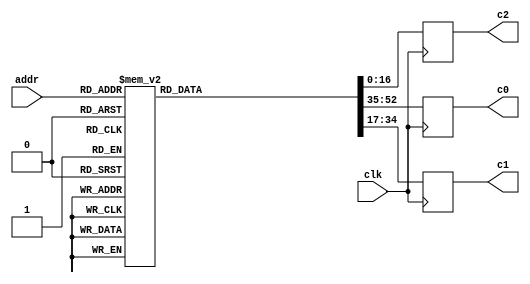


`timescale 1 ns / 1 ps


module gng_coef (
    // System signals
    input clk,                    // system clock

    // Data interface
    input [7:0] addr,             // read address
    output reg [17:0] c0,         // coefficient c0, u<18,14>
    output reg [17:0] c1,         // coefficient c1, s<18,19>
    output reg [16:0] c2          // coefficient c2, u<17,23>
);

// Local variables
reg [52:0] d;    // {c0, c1, c2}


// Table
always @ (*) begin
    case (addr)
        8'd0  : d = 53'b000010101100101001_100110111110001110_10100011110000000;
        8'd1  : d = 53'b000001111101000111_101001011111011001_01011111011110011;
        8'd2  : d = 53'b000001010001100100_101010111101101110_00110010101000000;
        8'd3  : d = 53'b000000101000010001_101011101111111001_00001111111010011;
        8'd4  : d = 53'b000100100110011110_101100101100100010_10101101110011100;
        8'd5  : d = 53'b000100000010100011_101111010111110111_01110101000001100;
        8'd6  : d = 53'b000011100011000111_110001001011101011_01010011011010011;
        8'd7  : d = 53'b000011000110110001_110010011110011100_00111101101011001;
        8'd8  : d = 53'b000110001000101110_101111110110101010_10100011001000110;
        8'd9  : d = 53'b000101101010111101_110010010111100001_01101111010111011;
        8'd10 : d = 53'b000101010001011010_110100000101110001_01010000111111000;
        8'd11 : d = 53'b000100111010110110_110101010110001001_00111101100100011;
        8'd12 : d = 53'b000111011100110110_110001111001100101_10010111001100011;
        8'd13 : d = 53'b000111000010111111_110100001110101001_01100111010010101;
        8'd14 : d = 53'b000110101101000010_110101110100111010_01001011010000101;
        8'd15 : d = 53'b000110011001110111_110110111111100110_00111001011001010;
        8'd16 : d = 53'b001000100111011000_110011010110100101_10001100100110110;
        8'd17 : d = 53'b001000010000010000_110101100001001100_01011111111010010;
        8'd18 : d = 53'b000111111100110010_110111000000001000_01000101110011111;
        8'd19 : d = 53'b000111101011110111_111000000101011011_00110101001101001;
        8'd20 : d = 53'b001001101010111000_110100011100101111_10000011100100011;
        8'd21 : d = 53'b001001010101110100_110110011110011100_01011001100101001;
        8'd22 : d = 53'b001001000100001010_110111110111000110_01000001000110100;
        8'd23 : d = 53'b001000110100111000_111000110111101101_00110001100011100;
        8'd24 : d = 53'b001010101000111110_110101010011111110_01111011110111110;
        8'd25 : d = 53'b001010010101100000_110111001110000100_01010100001100011;
        8'd26 : d = 53'b001010000101010000_111000100001011001_00111101000110010;
        8'd27 : d = 53'b001001110111001111_111001011110000001_00101110011100100;
        8'd28 : d = 53'b001011100010101101_110110000000110101_01110101010001000;
        8'd29 : d = 53'b001011010000100011_110111110100011001_01001111100101010;
        8'd30 : d = 53'b001011000001011011_111001000011001010_00111001101011010;
        8'd31 : d = 53'b001010110100011010_111001111100011001_00101011110010110;
        8'd32 : d = 53'b001100011000111001_110110100110001001_01101111100010101;
        8'd33 : d = 53'b001100000111110011_111000010100000101_01001011100110010;
        8'd34 : d = 53'b001011111001100110_111001011110111001_00110110101110100;
        8'd35 : d = 53'b001011101101011011_111010010101001100_00101001100000110;
        8'd36 : d = 53'b001101001100000100_110111000101110100_01101010100010001;
        8'd37 : d = 53'b001100111011111001_111000101110110010_01001000000111110;
        8'd38 : d = 53'b001100101110011110_111001110110001010_00110100001010001;
        8'd39 : d = 53'b001100100010111110_111010101001111011_00100111100001111;
        8'd40 : d = 53'b001101111100101100_110111100001000101_01100110000110111;
        8'd41 : d = 53'b001101101101010011_111001000101101101_01000101000011110;
        8'd42 : d = 53'b001101100000100011_111010001010000011_00110001111001101;
        8'd43 : d = 53'b001101010101101000_111010111011100011_00100101110010101;
        8'd44 : d = 53'b001110101011000101_110111111000111001_01100010001010110;
        8'd45 : d = 53'b001110011100011000_111001011001101000_01000010010101101;
        8'd46 : d = 53'b001110010000001101_111010011011010001_00101111111001101;
        8'd47 : d = 53'b001110000101110011_111011001010110011_00100100010000001;
        8'd48 : d = 53'b001111010111100001_111000001101111010_01011110101000100;
        8'd49 : d = 53'b001111001001011011_111001101011001001_00111111111001110;
        8'd50 : d = 53'b001110111101110000_111010101010011000_00101110000111001;
        8'd51 : d = 53'b001110110011110011_111011011000001000_00100010111000010;
        8'd52 : d = 53'b010000000010001111_111000100000100111_01011011011100010;
        8'd53 : d = 53'b001111110100101011_111001111010101101_00111101101101001;
        8'd54 : d = 53'b001111101001011101_111010110111110001_00101100100000001;
        8'd55 : d = 53'b001111011111111001_111011100011111010_00100001101001010;
        8'd56 : d = 53'b010000101011011010_111000110001011010_01011000100010101;
        8'd57 : d = 53'b010000011110010100_111010001000101001_00111011101101101;
        8'd58 : d = 53'b010000010011100000_111011000011101110_00101011000010110;
        8'd59 : d = 53'b010000001010010010_111011101110011011_00100000100001110;
        8'd60 : d = 53'b010001010011001011_111001000000100110_01010101111001000;
        8'd61 : d = 53'b010001000110100001_111010010101001110_00111001111001011;
        8'd62 : d = 53'b010000111100000101_111011001110100000_00101001101101110;
        8'd63 : d = 53'b010000110011001011_111011110111111001_00011111100000110;
        8'd64 : d = 53'b010001111001101011_111001001110011010_01010011011101011;
        8'd65 : d = 53'b010001101101011010_111010100000101000_00111000001110110;
        8'd66 : d = 53'b010001100011010011_111011011000010001_00101000011111111;
        8'd67 : d = 53'b010001011010101100_111100000000011100_00011110100101010;
        8'd68 : d = 53'b010010011111000010_111001011011000010_01010001001101111;
        8'd69 : d = 53'b010010010011001000_111010101011000011_00110110101100101;
        8'd70 : d = 53'b010010001001010100_111011100001001011_00100111011000011;
        8'd71 : d = 53'b010010000000111110_111100001000001111_00011101101110101;
        8'd72 : d = 53'b010011000011010100_111001100110101010_01001111001001001;
        8'd73 : d = 53'b010010110111110000_111010110100101000_00110101010001111;
        8'd74 : d = 53'b010010101110001110_111011101001010101_00100110010110010;
        8'd75 : d = 53'b010010100110000111_111100001111011000_00011100111100001;
        8'd76 : d = 53'b010011100110101001_111001110001011000_01001101001101110;
        8'd77 : d = 53'b010011011011011000_111010111101011100_00110011111101110;
        8'd78 : d = 53'b010011010010000110_111011110000110110_00100101011000111;
        8'd79 : d = 53'b010011001010001101_111100010101111100_00011100001101100;
        8'd80 : d = 53'b010100001001000100_111001111011010100_01001011011010110;
        8'd81 : d = 53'b010011111110000101_111011000101100111_00110010101111010;
        8'd82 : d = 53'b010011110101000010_111011110111110011_00100100011111111;
        8'd83 : d = 53'b010011101101010110_111100011100000001_00011011100010000;
        8'd84 : d = 53'b010100101010101001_111010000100100011_01001001101111010;
        8'd85 : d = 53'b010100011111111011_111011001101001100_00110001100110000;
        8'd86 : d = 53'b010100010111000110_111011111110010000_00100011101010101;
        8'd87 : d = 53'b010100001111100110_111100100001101001_00011010111001100;
        8'd88 : d = 53'b010101001011011100_111010001101001011_01001000001010100;
        8'd89 : d = 53'b010101000000111110_111011010100010000_00110000100001100;
        8'd90 : d = 53'b010100111000010110_111100000100010001_00100010111000110;
        8'd91 : d = 53'b010100110001000001_111100100110111000_00011010010011100;
        8'd92 : d = 53'b010101101011100000_111010010101001111_01000110101011110;
        8'd93 : d = 53'b010101100001010001_111011011010111000_00101111100001000;
        8'd94 : d = 53'b010101011000110110_111100001001111000_00100010001010000;
        8'd95 : d = 53'b010101010001101011_111100101011110001_00011001110000000;
        8'd96 : d = 53'b010110001010111001_111010011100110100_01000101010010101;
        8'd97 : d = 53'b010110000000110111_111011100001000100_00101110100100011;
        8'd98 : d = 53'b010101111000101000_111100001111001001_00100001011110000;
        8'd99 : d = 53'b010101110001100111_111100110000010110_00011001001110100;
        8'd100: d = 53'b010110101001101001_111010100011111100_01000011111110011;
        8'd101: d = 53'b010110011111110100_111011100110111001_00101101101011001;
        8'd102: d = 53'b010110010111101111_111100010100000101_00100000110100100;
        8'd103: d = 53'b010110010000111000_111100110100101001_00011000101111000;
        8'd104: d = 53'b010111000111110010_111010101010101010_01000010101110101;
        8'd105: d = 53'b010110111110001010_111011101100011001_00101100110101000;
        8'd106: d = 53'b010110110110001111_111100011000101111_00100000001101010;
        8'd107: d = 53'b010110101111100000_111100111000101100_00011000010001010;
        8'd108: d = 53'b010111100101010111_111010110001000000_01000001100011001;
        8'd109: d = 53'b010111011011111010_111011110001100101_00101100000001110;
        8'd110: d = 53'b010111010100001000_111100011101001000_00011111101000001;
        8'd111: d = 53'b010111001101100010_111100111100100000_00010111110101000;
        8'd112: d = 53'b011000000010011001_111010110111000001_01000000011011011;
        8'd113: d = 53'b010111111001000111_111011110110011111_00101011010001001;
        8'd114: d = 53'b010111110001011110_111100100001010011_00011111000100111;
        8'd115: d = 53'b010111101011000000_111101000000000111_00010111011010010;
        8'd116: d = 53'b011000011110111010_111010111100101110_00111111010111001;
        8'd117: d = 53'b011000010101110010_111011111011001001_00101010100010111;
        8'd118: d = 53'b011000001110010011_111100100101001111_00011110100011011;
        8'd119: d = 53'b011000000111111011_111101000011100010_00010111000000111;
        8'd120: d = 53'b011000111010111100_111011000010001010_00111110010110001;
        8'd121: d = 53'b011000110001111110_111011111111100100_00101001110110111;
        8'd122: d = 53'b011000101010100111_111100101000111110_00011110000011100;
        8'd123: d = 53'b011000100100010110_111101000110110010_00010110101000110;
        8'd124: d = 53'b011001010110100001_111011000111010100_00111101011000001;
        8'd125: d = 53'b011001001101101100_111100000011110001_00101001001100110;
        8'd126: d = 53'b011001000110011100_111100101100100010_00011101100101001;
        8'd127: d = 53'b011001000000010011_111101001001111000_00010110010001110;
        8'd128: d = 53'b011001110001101001_111011001100001111_00111100011100111;
        8'd129: d = 53'b011001101000111101_111100000111110010_00101000100100101;
        8'd130: d = 53'b011001100001110101_111100101111111011_00011101001000001;
        8'd131: d = 53'b011001011011110010_111101001100110100_00010101111011110;
        8'd132: d = 53'b011010001100010110_111011010000111100_00111011100100001;
        8'd133: d = 53'b011010000011110011_111100001011100111_00100111111110010;
        8'd134: d = 53'b011001111100110010_111100110011001001_00011100101100011;
        8'd135: d = 53'b011001110110110101_111101001111100111_00010101100110101;
        8'd136: d = 53'b011010100110101010_111011010101011011_00111010101101111;
        8'd137: d = 53'b011010011110001111_111100001111010001_00100111011001101;
        8'd138: d = 53'b011010010111010101_111100110110001111_00011100010001111;
        8'd139: d = 53'b011010010001011101_111101010010010010_00010101010010101;
        8'd140: d = 53'b011011000000100101_111011011001101110_00111001111001110;
        8'd141: d = 53'b011010111000010010_111100010010110001_00100110110110011;
        8'd142: d = 53'b011010110001011110_111100111001001100_00011011111000011;
        8'd143: d = 53'b011010101011101100_111101010100110110_00010100111111010;
        8'd144: d = 53'b011011011010001001_111011011101110110_00111001000111110;
        8'd145: d = 53'b011011010001111101_111100010110000111_00100110010100100;
        8'd146: d = 53'b011011001011001111_111100111100000001_00011011100000000;
        8'd147: d = 53'b011011000101100010_111101010111010011_00010100101100111;
        8'd148: d = 53'b011011110011010110_111011100001110011_00111000010111101;
        8'd149: d = 53'b011011101011010001_111100011001010101_00100101110100000;
        8'd150: d = 53'b011011100100101001_111100111110101111_00011011001000100;
        8'd151: d = 53'b011011011111000010_111101011001101010_00010100011011000;
        8'd152: d = 53'b011100001100001101_111011100101100111_00110111101001100;
        8'd153: d = 53'b011100000100001111_111100011100011011_00100101010100110;
        8'd154: d = 53'b011011111101101101_111101000001010110_00011010110001111;
        8'd155: d = 53'b011011111000001010_111101011011111010_00010100001010000;
        8'd156: d = 53'b011100100100110000_111011101001010001_00110110111100111;
        8'd157: d = 53'b011100011100111000_111100011111011001_00100100110110110;
        8'd158: d = 53'b011100010110011100_111101000011110110_00011010011100010;
        8'd159: d = 53'b011100010000111110_111101011110000101_00010011111001101;
        8'd160: d = 53'b011100111100111110_111011101100110010_00110110010010000;
        8'd161: d = 53'b011100110101001101_111100100010001111_00100100011001110;
        8'd162: d = 53'b011100101110110110_111101000110010000_00011010000111010;
        8'd163: d = 53'b011100101001011100_111101100000001010_00010011101001110;
        8'd164: d = 53'b011101010100111001_111011110000001011_00110101101000101;
        8'd165: d = 53'b011101001101001110_111100100101000000_00100011111101110;
        8'd166: d = 53'b011101000110111100_111101001000100101_00011001110011001;
        8'd167: d = 53'b011101000001100111_111101100010001010_00010011011010100;
        8'd168: d = 53'b011101101100100001_111011110011011100_00110101000000101;
        8'd169: d = 53'b011101100100111101_111100100111101001_00100011100010111;
        8'd170: d = 53'b011101011110101111_111101001010110100_00011001011111101;
        8'd171: d = 53'b011101011001011110_111101100100000110_00010011001011110;
        8'd172: d = 53'b011110000011111000_111011110110100110_00110100011010000;
        8'd173: d = 53'b011101111100011001_111100101010001101_00100011001000110;
        8'd174: d = 53'b011101110110010000_111101001100111110_00011001001100111;
        8'd175: d = 53'b011101110001000011_111101100101111110_00010010111101101;
        8'd176: d = 53'b011110011010111101_111011111001101001_00110011110100110;
        8'd177: d = 53'b011110010011100100_111100101100101011_00100010101111100;
        8'd178: d = 53'b011110001101011111_111101001111000011_00011000111010110;
        8'd179: d = 53'b011110001000010110_111101100111110001_00010010101111111;
        8'd180: d = 53'b011110110001110001_111011111100100101_00110011010000101;
        8'd181: d = 53'b011110101010011101_111100101111000100_00100010010111001;
        8'd182: d = 53'b011110100100011101_111101010001000100_00011000101001001;
        8'd183: d = 53'b011110011111011000_111101101001100000_00010010100010100;
        8'd184: d = 53'b011111001000010110_111011111111011011_00110010101101101;
        8'd185: d = 53'b011111000001000111_111100110001011000_00100001111111101;
        8'd186: d = 53'b011110111011001011_111101010011000000_00011000011000001;
        8'd187: d = 53'b011110110110001001_111101101011001100_00010010010101110;
        8'd188: d = 53'b011111011110101010_111100000010001100_00110010001011110;
        8'd189: d = 53'b011111010111100000_111100110011100111_00100001101000110;
        8'd190: d = 53'b011111010001101001_111101010100111001_00011000000111101;
        8'd191: d = 53'b011111001100101010_111101101100110100_00010010001001010;
        8'd192: d = 53'b011111110100101111_111100000100110111_00110001101011000;
        8'd193: d = 53'b011111101101101010_111100110101110010_00100001010010101;
        8'd194: d = 53'b011111100111110111_111101010110101101_00010111110111110;
        8'd195: d = 53'b011111100010111100_111101101110011001_00010001111101010;
        8'd196: d = 53'b100000001010100110_111100000111011101_00110001001011010;
        8'd197: d = 53'b100000000011100101_111100110111111000_00100000111101010;
        8'd198: d = 53'b011111111101110110_111101011000011110_00010111101000010;
        8'd199: d = 53'b011111111000111110_111101101111111010_00010001110001100;
        8'd200: d = 53'b100000100000001110_111100001001111101_00110000101100101;
        8'd201: d = 53'b100000011001010010_111100111001111010_00100000101000100;
        8'd202: d = 53'b100000010011100110_111101011010001100_00010111011001011;
        8'd203: d = 53'b100000001110110010_111101110001011001_00010001100110010;
        8'd204: d = 53'b100000110101101001_111100001100011001_00110000001111001;
        8'd205: d = 53'b100000101110110001_111100111011111000_00100000010100101;
        8'd206: d = 53'b100000101001001001_111101011011110110_00010111001011000;
        8'd207: d = 53'b100000100100011000_111101110010110101_00010001011011011;
        8'd208: d = 53'b100001001010110110_111100001110110000_00101111110011010;
        8'd209: d = 53'b100001000100000010_111100111101110011_00100000000001101;
        8'd210: d = 53'b100000111110011110_111101011101011101_00010110111101010;
        8'd211: d = 53'b100000111001101111_111101110100001110_00010001010001000;
        8'd212: d = 53'b100001011111110110_111100010001000010_00101111011001100;
        8'd213: d = 53'b100001011001000111_111100111111101001_00011111101111111;
        8'd214: d = 53'b100001010011100101_111101011111000001_00010110110000010;
        8'd215: d = 53'b100001001110111010_111101110101100100_00010001000111001;
        8'd216: d = 53'b100001110100101001_111100010011001110_00101111000011000;
        8'd217: d = 53'b100001101101111110_111101000001011100_00011111100000001;
        8'd218: d = 53'b100001101000100000_111101100000100010_00010110100100101;
        8'd219: d = 53'b100001100011110111_111101110110111000_00010000111110001;
        8'd220: d = 53'b100010001001010000_111100010101010100_00101110110010010;
        8'd221: d = 53'b100010000010101001_111101000011001010_00011111010011101;
        8'd222: d = 53'b100001111101001110_111101100001111111_00010110011011000;
        8'd223: d = 53'b100001111000101000_111101111000001001_00010000110110100;
        8'd224: d = 53'b100010011101101011_111100010111010010_00101110101100100;
        8'd225: d = 53'b100010010111000111_111101000100110010_00011111001101001;
        8'd226: d = 53'b100010010001110000_111101100011011000_00010110010101000;
        8'd227: d = 53'b100010001101001101_111101111001010110_00010000110001010;
        8'd228: d = 53'b100010110001111010_111100011001000101_00101110111011101;
        8'd229: d = 53'b100010101011011010_111101000110010011_00011111010010001;
        8'd230: d = 53'b100010100110000110_111101100100101100_00010110010110000;
        8'd231: d = 53'b100010100001100101_111101111010100000_00010000110000101;
        8'd232: d = 53'b100011000101111110_111100011010100111_00101111110100001;
        8'd233: d = 53'b100010111111100010_111101000111101011_00011111101101110;
        8'd234: d = 53'b100010111010010000_111101100101111001_00010110100100111;
        8'd235: d = 53'b100010110101110010_111101111011100101_00010000111001000;
        8'd236: d = 53'b100011011001110111_111100101000100000_00000000000000000;
        8'd237: d = 53'b100011010011011110_111101010001001010_00000000000000000;
        8'd238: d = 53'b100011001110010000_111101101100110110_00000000000000000;
        8'd239: d = 53'b100011001001110100_111110000000111011_00000000000000000;
        8'd240: d = 53'b100011101101100101_000000000000000000_00000000000000000;
        8'd241: d = 53'b100011100111010000_000000000000000000_00000000000000000;
        8'd242: d = 53'b100011100010000100_000000000000000000_00000000000000000;
        8'd243: d = 53'b100011011101101011_000000000000000000_00000000000000000;
        8'd244: d = 53'b100100100111110000_000000000000000000_00000000000000000;
        8'd245: d = 53'b100100010100100001_000000000000000000_00000000000000000;
        8'd246: d = 53'b100100000001001000_000000000000000000_00000000000000000;
        8'd247: d = 53'b100011110101101101_000000000000000000_00000000000000000;
        default: d = 53'd0;
    endcase
end


// Output data
always @ (posedge clk) begin
    c0 <= d[52:35];
    c1 <= d[34:17];
    c2 <= d[16:0];
end


endmodule


`timescale 1 ns / 1 ps


module gng_ctg #(
    parameter INIT_Z1 = 64'd5030521883283424767,
    parameter INIT_Z2 = 64'd18445829279364155008,
    parameter INIT_Z3 = 64'd18436106298727503359
)
(
    // System signals
    input clk,                    // system clock
    input rstn,                   // system synchronous reset, active low

    // Data interface
    input ce,                     // clock enable
    output reg valid_out,         // output data valid
    output reg [63:0] data_out    // output data
);

// Local variables
reg [63:0] z1, z2, z3;
wire [63:0] z1_next, z2_next, z3_next;


// Update state
assign z1_next = {z1[39:1], z1[58:34] ^ z1[63:39]};
assign z2_next = {z2[50:6], z2[44:26] ^ z2[63:45]};
assign z3_next = {z3[56:9], z3[39:24] ^ z3[63:48]};

always @ (posedge clk) begin
    if (!rstn) begin
        z1 <= INIT_Z1;
        z2 <= INIT_Z2;
        z3 <= INIT_Z3;
    end
    else if (ce) begin
        z1 <= z1_next;
        z2 <= z2_next;
        z3 <= z3_next;
    end
end


// Output data
always @ (posedge clk) begin
    if (!rstn)
        valid_out <= 1'b0;
    else
        valid_out <= ce;
end

always @ (posedge clk) begin
    if (!rstn)
        data_out <= 64'd0;
    else
        data_out <= z1_next ^ z2_next ^ z3_next;
end


endmodule


`timescale 1 ns / 1 ps


module gng_interp (
    // System signals
    input clk,                    // system clock
    input rstn,                   // system synchronous reset, active low

    // Data interface
    input valid_in,               // input data valid
    input [63:0] data_in,         // input data
    output reg valid_out,         // output data valid
    output reg [15:0] data_out    // output data, s<16,11>
);

// Local variables
wire [5:0] num_lzd;
reg [5:0] num_lzd_r;
reg [14:0] mask;
reg [1:0] offset;
wire [7:0] addr;
wire [17:0] c0;    // u<18,14>
wire [17:0] c1;    // s<18,19>
wire [16:0] c2;    // u<17,23>
reg [14:0] x;      // u<15,15>
reg [14:0] x_r1, x_r2, x_r3, x_r4;   // u<15,15>
reg [17:0] c1_r1;    // s<18,19>
wire [37:0] sum1;    // s<38,38>
wire [17:0] sum1_new;    // s<18,18>
wire [33:0] mul1;    // s<34,33>
wire signed [13:0] mul1_new;    // s<14,14>
reg [17:0] c0_r1, c0_r2, c0_r3, c0_r4, c0_r5;   // u<18,14>
reg signed [18:0] sum2;    // s<19,14>
reg [14:0] sum2_rnd;    // u<15,11>
reg [8:0] sign_r;
reg [8:0] valid_in_r;


// Leading zero detector
gng_lzd u_gng_lzd (
    .data_in(data_in[63:3]),
    .data_out(num_lzd)
);

always @ (posedge clk) begin
    if (!rstn)
        num_lzd_r <= 6'd0;
    else
        num_lzd_r <= num_lzd;
end


// Get mask for value x
always @ (posedge clk) begin
    if (!rstn)
        mask <= 15'b111111111111111;
    else begin
        case (num_lzd_r)
            6'd61:   mask <= 15'b111111111111111;
            6'd60:   mask <= 15'b011111111111111;
            6'd59:   mask <= 15'b101111111111111;
            6'd58:   mask <= 15'b110111111111111;
            6'd57:   mask <= 15'b111011111111111;
            6'd56:   mask <= 15'b111101111111111;
            6'd55:   mask <= 15'b111110111111111;
            6'd54:   mask <= 15'b111111011111111;
            6'd53:   mask <= 15'b111111101111111;
            6'd52:   mask <= 15'b111111110111111;
            6'd51:   mask <= 15'b111111111011111;
            6'd50:   mask <= 15'b111111111101111;
            6'd49:   mask <= 15'b111111111110111;
            6'd48:   mask <= 15'b111111111111011;
            6'd47:   mask <= 15'b111111111111101;
            6'd46:   mask <= 15'b111111111111110;
            default: mask <= 15'b111111111111111;
        endcase
    end
end


// Generate table address and coefficients
always @ (posedge clk) begin
    if (!rstn)
        offset <= 2'd0;
    else
        offset <= {data_in[1], data_in[2]};
end

assign addr = {num_lzd_r, offset};

gng_coef u_gng_coef (
    .clk(clk),
    .addr(addr),
    .c0(c0),
    .c1(c1),
    .c2(c2)
);


// Data delay
always @ (posedge clk) begin
    if (!rstn)
        x <= 15'd0;
    else
        x <= {data_in[3], data_in[4], data_in[5], data_in[6], data_in[7],
              data_in[8], data_in[9], data_in[10], data_in[11], data_in[12],
              data_in[13], data_in[14], data_in[15], data_in[16], data_in[17]};
end

always @ (posedge clk) begin
    x_r1 <= x & mask;
    x_r2 <= x_r1;
    x_r3 <= x_r2;
    x_r4 <= x_r3;
end

always @ (posedge clk) begin
    c1_r1 <= c1;
end

always @ (posedge clk) begin
    c0_r1 <= c0;
    c0_r2 <= c0_r1;
    c0_r3 <= c0_r2;
    c0_r4 <= c0_r3;
    c0_r5 <= c0_r4;
end

always @ (posedge clk) begin
    sign_r <= {sign_r[7:0], data_in[0]};
end

always @ (posedge clk) begin
    if (!rstn)
        valid_in_r <= 9'd0;
    else
        valid_in_r <= {valid_in_r[7:0], valid_in};
end


// Polynomial interpolation of order 2
gng_smul_16_18_sadd_37 u_gng_smul_16_18_sadd_37 (
    .clk(clk),
    .a({1'b0, x_r1}),
    .b({1'b0, c2}),
    .c({c1_r1, 19'd0}),
    .p(sum1)
);

assign sum1_new = sum1[37:20];

gng_smul_16_18 u_gng_smul_16_18 (
    .clk(clk),
    .a({1'b0, x_r4}),
    .b(sum1_new),
    .p(mul1)
);

assign mul1_new = mul1[32:19];

always @ (posedge clk) begin
    sum2 <= $signed({1'b0, c0_r5}) + mul1_new;
end

always @ (posedge clk) begin
    sum2_rnd <= sum2[17:3] + sum2[2];
end


// Output data
always @ (posedge clk) begin
    if (!rstn)
        valid_out <= 1'b0;
    else
        valid_out <= valid_in_r[8];
end

always @ (posedge clk) begin
    if (!rstn)
        data_out <= 16'd0;
    else if (sign_r[8])
        data_out <= {1'b1, ~sum2_rnd} + 1'b1;
    else
        data_out <= {1'b0, sum2_rnd};
end


endmodule


`timescale 1 ns / 1 ps


module gng_lzd (
    // Data interface
    input [60:0] data_in,        // input data
    output [5:0] data_out        // output number of leading zeros
);

// Local variables
wire [63:0] d;
wire p1 [31:0];
wire [31:0] v1;
wire [1:0] p2 [15:0];
wire [15:0] v2;
wire [2:0] p3 [7:0];
wire [7:0] v3;
wire [3:0] p4 [3:0];
wire [3:0] v4;
wire [4:0] p5 [1:0];
wire [1:0] v5;
wire [5:0] p6;


// Parallel structure
assign d = {data_in, 3'b111};    // fill last 3 bits with '1'

assign p1[0 ] = ~d[1 ];
assign p1[1 ] = ~d[3 ];
assign p1[2 ] = ~d[5 ];
assign p1[3 ] = ~d[7 ];
assign p1[4 ] = ~d[9 ];
assign p1[5 ] = ~d[11];
assign p1[6 ] = ~d[13];
assign p1[7 ] = ~d[15];
assign p1[8 ] = ~d[17];
assign p1[9 ] = ~d[19];
assign p1[10] = ~d[21];
assign p1[11] = ~d[23];
assign p1[12] = ~d[25];
assign p1[13] = ~d[27];
assign p1[14] = ~d[29];
assign p1[15] = ~d[31];
assign p1[16] = ~d[33];
assign p1[17] = ~d[35];
assign p1[18] = ~d[37];
assign p1[19] = ~d[39];
assign p1[20] = ~d[41];
assign p1[21] = ~d[43];
assign p1[22] = ~d[45];
assign p1[23] = ~d[47];
assign p1[24] = ~d[49];
assign p1[25] = ~d[51];
assign p1[26] = ~d[53];
assign p1[27] = ~d[55];
assign p1[28] = ~d[57];
assign p1[29] = ~d[59];
assign p1[30] = ~d[61];
assign p1[31] = ~d[63];
assign v1[0 ] = d[0 ] | d[1 ];
assign v1[1 ] = d[2 ] | d[3 ];
assign v1[2 ] = d[4 ] | d[5 ];
assign v1[3 ] = d[6 ] | d[7 ];
assign v1[4 ] = d[8 ] | d[9 ];
assign v1[5 ] = d[10] | d[11];
assign v1[6 ] = d[12] | d[13];
assign v1[7 ] = d[14] | d[15];
assign v1[8 ] = d[16] | d[17];
assign v1[9 ] = d[18] | d[19];
assign v1[10] = d[20] | d[21];
assign v1[11] = d[22] | d[23];
assign v1[12] = d[24] | d[25];
assign v1[13] = d[26] | d[27];
assign v1[14] = d[28] | d[29];
assign v1[15] = d[30] | d[31];
assign v1[16] = d[32] | d[33];
assign v1[17] = d[34] | d[35];
assign v1[18] = d[36] | d[37];
assign v1[19] = d[38] | d[39];
assign v1[20] = d[40] | d[41];
assign v1[21] = d[42] | d[43];
assign v1[22] = d[44] | d[45];
assign v1[23] = d[46] | d[47];
assign v1[24] = d[48] | d[49];
assign v1[25] = d[50] | d[51];
assign v1[26] = d[52] | d[53];
assign v1[27] = d[54] | d[55];
assign v1[28] = d[56] | d[57];
assign v1[29] = d[58] | d[59];
assign v1[30] = d[60] | d[61];
assign v1[31] = d[62] | d[63];

assign p2[0 ] = {~v1[1 ], (v1[1 ] ? p1[1 ] : p1[0 ])};
assign p2[1 ] = {~v1[3 ], (v1[3 ] ? p1[3 ] : p1[2 ])};
assign p2[2 ] = {~v1[5 ], (v1[5 ] ? p1[5 ] : p1[4 ])};
assign p2[3 ] = {~v1[7 ], (v1[7 ] ? p1[7 ] : p1[6 ])};
assign p2[4 ] = {~v1[9 ], (v1[9 ] ? p1[9 ] : p1[8 ])};
assign p2[5 ] = {~v1[11], (v1[11] ? p1[11] : p1[10])};
assign p2[6 ] = {~v1[13], (v1[13] ? p1[13] : p1[12])};
assign p2[7 ] = {~v1[15], (v1[15] ? p1[15] : p1[14])};
assign p2[8 ] = {~v1[17], (v1[17] ? p1[17] : p1[16])};
assign p2[9 ] = {~v1[19], (v1[19] ? p1[19] : p1[18])};
assign p2[10] = {~v1[21], (v1[21] ? p1[21] : p1[20])};
assign p2[11] = {~v1[23], (v1[23] ? p1[23] : p1[22])};
assign p2[12] = {~v1[25], (v1[25] ? p1[25] : p1[24])};
assign p2[13] = {~v1[27], (v1[27] ? p1[27] : p1[26])};
assign p2[14] = {~v1[29], (v1[29] ? p1[29] : p1[28])};
assign p2[15] = {~v1[31], (v1[31] ? p1[31] : p1[30])};
assign v2[0 ] = v1[1 ] | v1[0 ];
assign v2[1 ] = v1[3 ] | v1[2 ];
assign v2[2 ] = v1[5 ] | v1[4 ];
assign v2[3 ] = v1[7 ] | v1[6 ];
assign v2[4 ] = v1[9 ] | v1[8 ];
assign v2[5 ] = v1[11] | v1[10];
assign v2[6 ] = v1[13] | v1[12];
assign v2[7 ] = v1[15] | v1[14];
assign v2[8 ] = v1[17] | v1[16];
assign v2[9 ] = v1[19] | v1[18];
assign v2[10] = v1[21] | v1[20];
assign v2[11] = v1[23] | v1[22];
assign v2[12] = v1[25] | v1[24];
assign v2[13] = v1[27] | v1[26];
assign v2[14] = v1[29] | v1[28];
assign v2[15] = v1[31] | v1[30];

assign p3[0] = {~v2[1 ], (v2[1 ] ? p2[1 ] : p2[0 ])};
assign p3[1] = {~v2[3 ], (v2[3 ] ? p2[3 ] : p2[2 ])};
assign p3[2] = {~v2[5 ], (v2[5 ] ? p2[5 ] : p2[4 ])};
assign p3[3] = {~v2[7 ], (v2[7 ] ? p2[7 ] : p2[6 ])};
assign p3[4] = {~v2[9 ], (v2[9 ] ? p2[9 ] : p2[8 ])};
assign p3[5] = {~v2[11], (v2[11] ? p2[11] : p2[10])};
assign p3[6] = {~v2[13], (v2[13] ? p2[13] : p2[12])};
assign p3[7] = {~v2[15], (v2[15] ? p2[15] : p2[14])};
assign v3[0] = v2[1 ] | v2[0 ];
assign v3[1] = v2[3 ] | v2[2 ];
assign v3[2] = v2[5 ] | v2[4 ];
assign v3[3] = v2[7 ] | v2[6 ];
assign v3[4] = v2[9 ] | v2[8 ];
assign v3[5] = v2[11] | v2[10];
assign v3[6] = v2[13] | v2[12];
assign v3[7] = v2[15] | v2[14];

assign p4[0] = {~v3[1], (v3[1] ? p3[1] : p3[0])};
assign p4[1] = {~v3[3], (v3[3] ? p3[3] : p3[2])};
assign p4[2] = {~v3[5], (v3[5] ? p3[5] : p3[4])};
assign p4[3] = {~v3[7], (v3[7] ? p3[7] : p3[6])};
assign v4[0] = v3[1] | v3[0];
assign v4[1] = v3[3] | v3[2];
assign v4[2] = v3[5] | v3[4];
assign v4[3] = v3[7] | v3[6];

assign p5[0] = {~v4[1], (v4[1] ? p4[1] : p4[0])};
assign p5[1] = {~v4[3], (v4[3] ? p4[3] : p4[2])};
assign v5[0] = v4[1] | v4[0];
assign v5[1] = v4[3] | v4[2];

assign p6 = {~v5[1], (v5[1] ? p5[1] : p5[0])};


// Output data
assign data_out = p6;


endmodule


`timescale 1 ns / 1 ps


module gng_smul_16_18_sadd_37 (
    // System signals
    input clk,                  // system clock

    // Data interface
    input [15:0] a,             // multiplicand
    input [17:0] b,             // multiplicator
    input [36:0] c,             // adder
    output [37:0] p             // result
);

// Behavioral model
reg signed [15:0] a_reg;
reg signed [17:0] b_reg;
reg signed [36:0] c_reg;
reg signed [33:0] prod;
wire signed [37:0] sum;
reg [37:0] result;

always @ (posedge clk) begin
    a_reg <= a;
    b_reg <= b;
    c_reg <= c;
end

always @ (posedge clk) begin
    prod <= a_reg * b_reg;
end

assign sum = c_reg + prod;

always @ (posedge clk) begin
    result <= sum;
end

assign p = result;


endmodule

`timescale 1 ns / 1 ps


module gng_smul_16_18 (
    // System signals
    input clk,                  // system clock

    // Data interface
    input [15:0] a,             // multiplicand
    input [17:0] b,             // multiplicator
    output [33:0] p             // result
);

// Behavioral model
reg signed [15:0] a_reg;
reg signed [17:0] b_reg;
reg signed [33:0] prod;

always @ (posedge clk) begin
    a_reg <= a;
    b_reg <= b;
end

always @ (posedge clk) begin
    prod <= a_reg * b_reg;
end

assign p = prod;


endmodule

`timescale 1 ns / 1 ps


module gng #(
    parameter INIT_Z1 = 64'd5030521883283424767,
    parameter INIT_Z2 = 64'd18445829279364155008,
    parameter INIT_Z3 = 64'd18436106298727503359
)
(
    // System signals
    input clk,                    // system clock
    input rstn,                   // system synchronous reset, active low

    // Data interface
    input ce,                     // clock enable
    output valid_out,             // output data valid
    output [15:0] data_out        // output data, s<16,11>
);

// Local variables
wire valid_out_ctg;
wire [63:0] data_out_ctg;


// Instances
gng_ctg #(
    .INIT_Z1(INIT_Z1),
    .INIT_Z2(INIT_Z2),
    .INIT_Z3(INIT_Z3)
) u_gng_ctg (
    .clk(clk),
    .rstn(rstn),
    .ce(ce),
    .valid_out(valid_out_ctg),
    .data_out(data_out_ctg)
);

gng_interp u_gng_interp (
    .clk(clk),
    .rstn(rstn),
    .valid_in(valid_out_ctg),
    .data_in(data_out_ctg),
    .valid_out(valid_out),
    .data_out(data_out)
);


endmodule